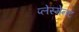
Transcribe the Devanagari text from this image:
प्लेस्मेनट